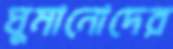
ঘুমানোদের